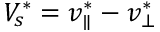
V _ { s } ^ { * } = v _ { \parallel } ^ { * } - v _ { \bot } ^ { * }